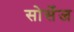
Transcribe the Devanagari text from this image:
सोर्सेज